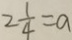
2 \frac { 1 } { 4 } = a